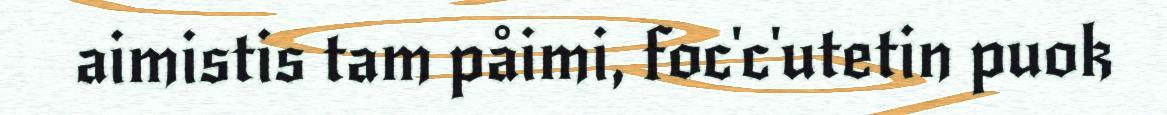
aimistis tam påimi, foc'c'utetin puok